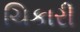
ચિકારી